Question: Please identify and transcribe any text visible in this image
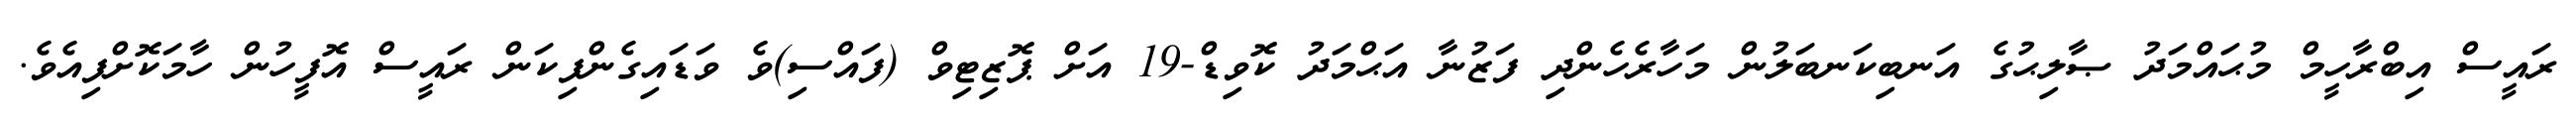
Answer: ރައީސް އިބްރާހީމް މުޙައްމަދު ޞާލިޙުގެ އަނބިކަނބަލުން މަހާރެހެންދި ފަޒުނާ އަޙްމަދު ކޮވިޑް-19 އަށް ޕޮޒިޓިވް (ފައްސި)ވެ ވަޑައިގެންފިކަން ރައީސް އޮފީހުން ހާމަކޮށްފިއެވެ.